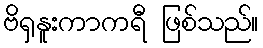
ဗိရှနူးကာကရီ ဖြစ်သည်။